Vaccine operations Central Provinces 1886-1899 - 1886-1899
Year: 1886
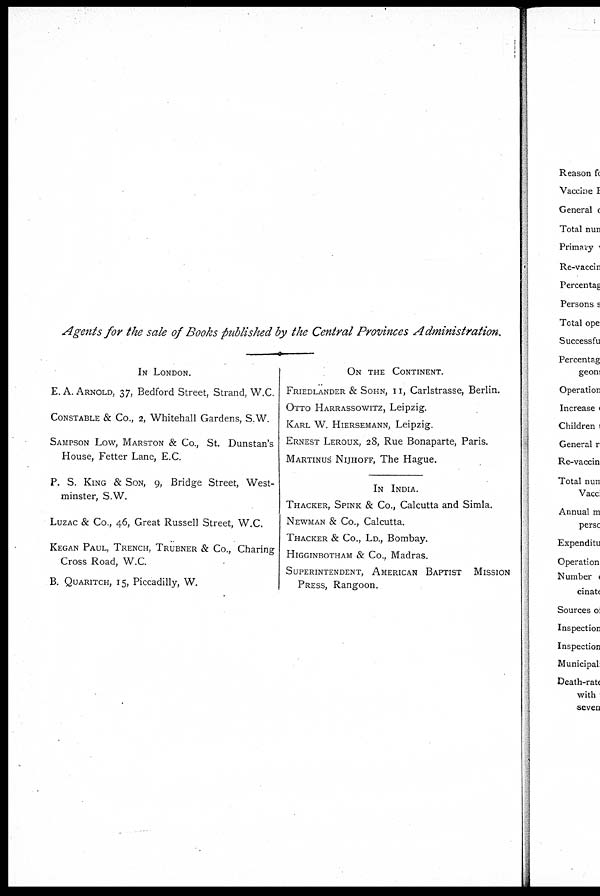
Agents for the sale of Books published by the Central Provinces Administration.
IN LONDON.
E. A. ARNOLD, 37, Bedford Street, Strand, W.C.
CONSTABLE & Co., 2, Whitehall Gardens, S.W.
SAMPSON LOW, MARSTON & Co., St. Dunstan's
House, Fetter Lane, E.C.
P. S. KING & SON, 9, Bridge Street, West-
minster, S.W.
LUZAC & Co., 46, Great Russell Street, W.C.
KEGAN PAUL, TRENCH, TRUBNER & Co., Charing
Cross Road, W.C.
B. QUARITCH, 15, Piccadilly, W.
ON THE CONTINENT.
FRIEDLANDER & SOHN, 11, Carlstrasse, Berlin.
OTTO HARRASSOWITZ, Leipzig.
KARL W. HIERSEMANN, Leipzig.
ERNEST LEROUX, 28, Rue Bonaparte, Paris.
MARTINUS NIJHOFF, The Hague.
IN INDIA.
THACKER, SPINK & Co., Calcutta and Simla.
NEWMAN & Co., Calcutta.
THACKER & Co., Ld., Bombay.
HIGGINBOTHAM & Co., Madras.
SUPERINTENDENT, AMERICAN BAPTIST MISSION
PRESS, Rangoon.